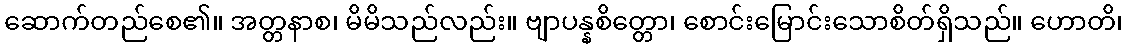
ဆောက်တည်စေ၏။ အတ္တနာစ၊ မိမိသည်လည်း။ ဗျာပန္နစိတ္တော၊ စောင်းမြောင်းသောစိတ်ရှိသည်။ ဟောတိ၊